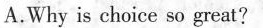
A.Why is choice so great?